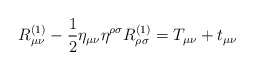
\begin{align*}R^{(1)}_{\mu \nu} - \frac{1}{2} \eta_{\mu\nu} \eta^{\rho \sigma} R^{(1)}_{\rho \sigma} = T_{\mu \nu} + t_{\mu \nu}\end{align*}